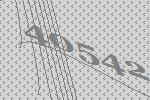
40542